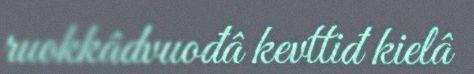
ruokkâdvuođâ kevttiđ kielâ